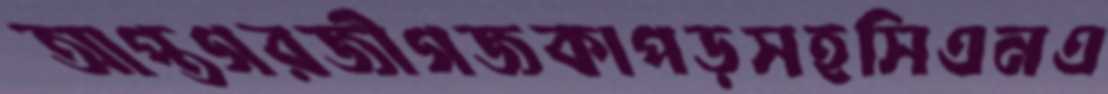
আপ্তগরজীগজকাপড়সহসিএনএ